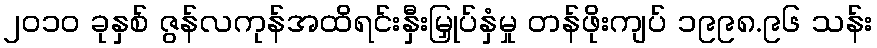
၂၀၁၀ ခုနှစ် ဇွန်လကုန်အထိရင်းနှီးမြှုပ်နှံမှု တန်ဖိုးကျပ် ၁၉၉၈.၉၆ သန်း